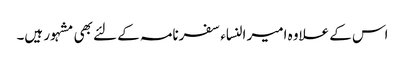
اس کے علاوہ امیر النساء سفرنامہ کے لئے بھی مشہور ہیں۔